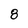
Character: 8